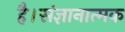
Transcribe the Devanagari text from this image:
है।संज्ञानात्मक